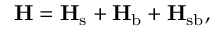
\mathbf { H } = \mathbf { H } _ { \mathrm { s } } + \mathbf { H } _ { \mathrm { b } } + \mathbf { H } _ { \mathrm { s b } } ,